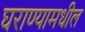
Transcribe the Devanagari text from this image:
घराण्यामधील